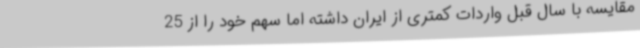
مقایسه با سال قبل واردات کمتری از ایران داشته اما سهم خود را از 25